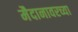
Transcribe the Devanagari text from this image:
मैदानावरच्या